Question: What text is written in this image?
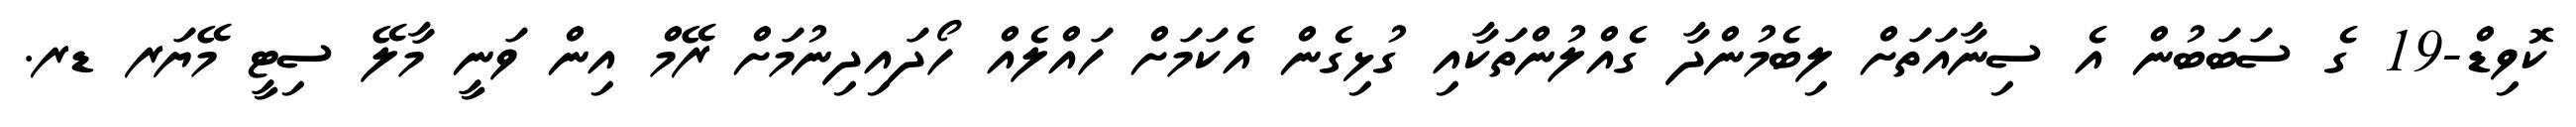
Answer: ކޮވިޑް-19 ގެ ސަބަބުން އެ ސިނާއަތަށް ލިބެމުންދާ ގެއްލުންތަކާއި ގުޅިގެން އެކަމަށް ހައްލެއް ހޯދައިދިނުމަށް ރޭމް އިން ވަނީ މާލޭ ސިޓީ މޭޔަރ ޑރ.